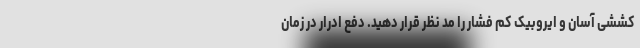
کششی آسان و ایروبیک کم فشار را مد نظر قرار دهید. دفع ادرار در زمان